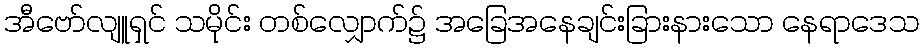
အီဗော်လျူရှင် သမိုင်း တစ်လျှောက်၌ အခြေအနေချင်းခြားနားသော နေရာဒေသ